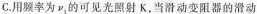
C.用频率为ν_{1}的可见光照射K，当滑动变阻器的滑动